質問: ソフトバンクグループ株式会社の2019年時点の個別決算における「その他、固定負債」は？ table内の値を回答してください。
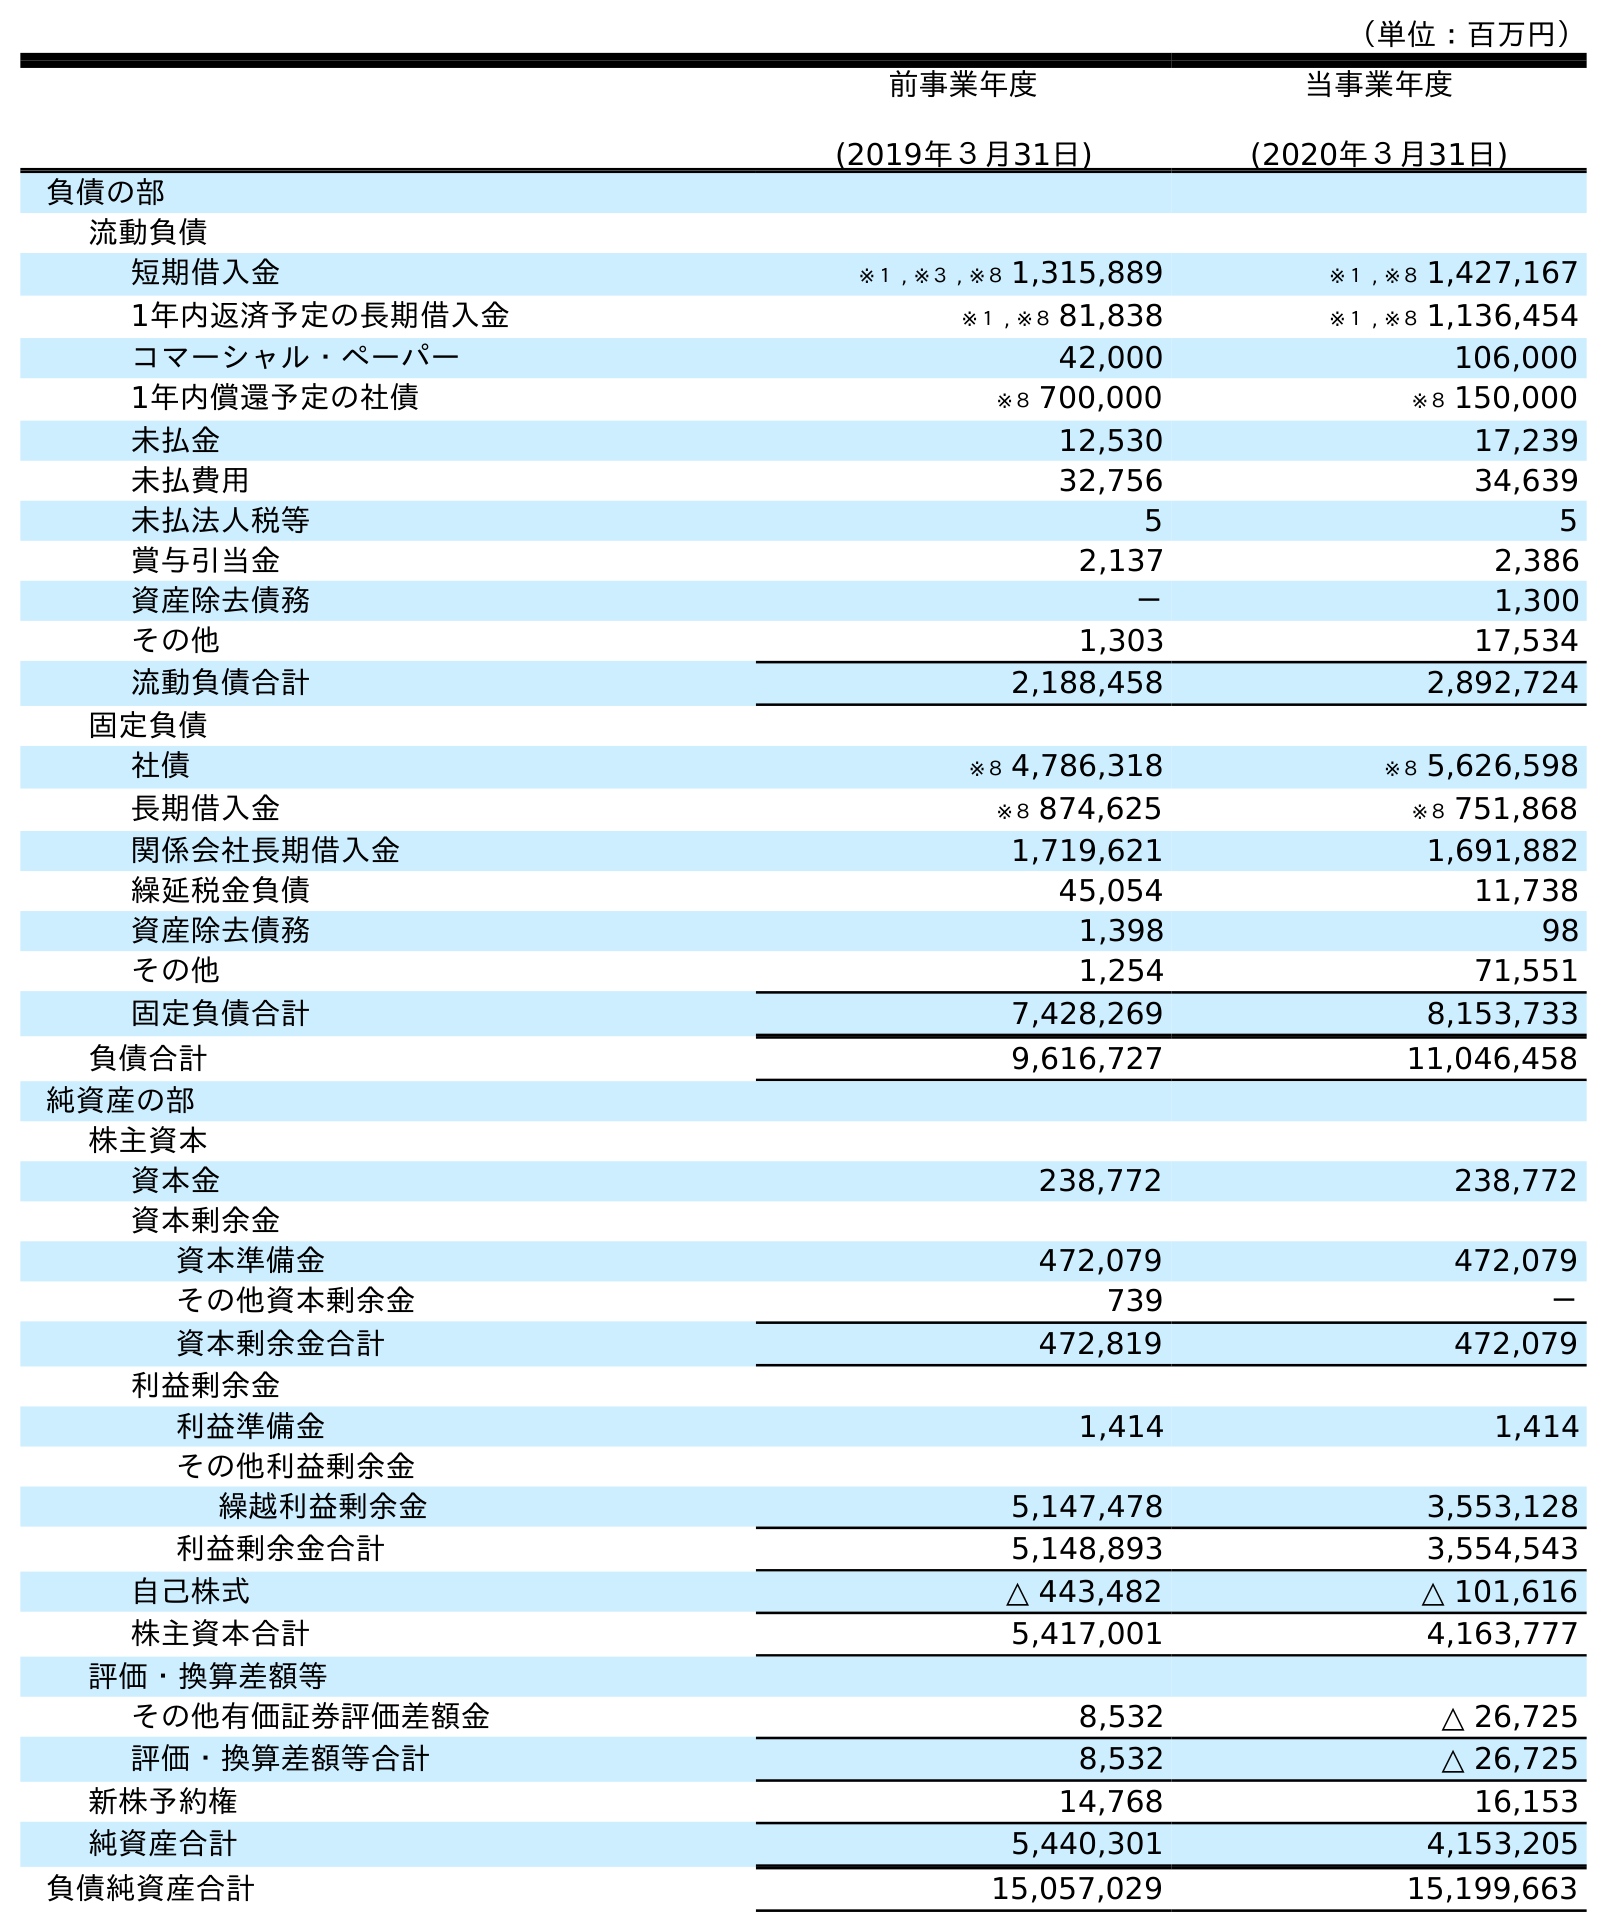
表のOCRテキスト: （単位：百万円） 前事業年度 (2019年３月31日) 当事業年度 (2020年３月31日) 負債の部 流動負債 短期借入金 ※１ , ※３ , ※８ 1,315,889 ※１ , ※８ 1,427,167 1年内返済予定の長期借入金 ※１ , ※８ 81,838 ※１ , ※８ 1,136,454 コマーシャル・ペーパー 42,000 106,000 1年内償還予定の社債 ※８ 700,000 ※８ 150,000 未払金 12,530 17,239 未払費用 32,756 34,639 未払法人税等 5 5 賞与引当金 2,137 2,386 資産除去債務 － 1,300 その他 1,303 17,534 流動負債合計 2,188,458 2,892,724 固定負債 社債 ※８ 4,786,318 ※８ 5,626,598 長期借入金 ※８ 874,625 ※８ 751,868 関係会社長期借入金 1,719,621 1,691,882 繰延税金負債 45,054 11,738 資産除去債務 1,398 98 その他 1,254 71,551 固定負債合計 7,428,269 8,153,733 負債合計 9,616,727 11,046,458 純資産の部 株主資本 資本金 238,772 238,772 資本剰余金 資本準備金 472,079 472,079 その他資本剰余金 739 － 資本剰余金合計 472,819 472,079 利益剰余金 利益準備金 1,414 1,414 その他利益剰余金 繰越利益剰余金 5,147,478 3,553,128 利益剰余金合計 5,148,893 3,554,543 自己株式 △ 443,482 △ 101,616 株主資本合計 5,417,001 4,163,777 評価・換算差額等 その他有価証券評価差額金 8,532 △ 26,725 評価・換算差額等合計 8,532 △ 26,725 新株予約権 14,768 16,153 純資産合計 5,440,301 4,153,205 負債純資産合計 15,057,029 15,199,663
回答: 1,254